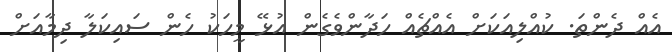
އެއް ދެންތަ. ކުއްލިއަކަށް އެއްޗެއް ހަދާންވެގެން އުޅޭ މީހަކު ހެން ސައިކަލާ ދިމާއަށް